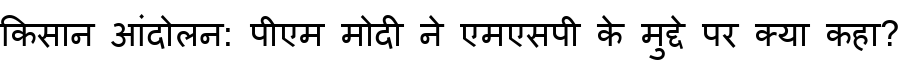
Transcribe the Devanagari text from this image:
किसान आंदोलन: पीएम मोदी ने एमएसपी के मुद्दे पर क्या कहा?